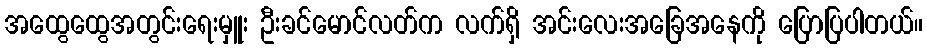
အထွေထွေအတွင်းရေးမှူး ဦးခင်မောင်လတ်က လက်ရှိ အင်းလေးအခြေအနေကို ပြောပြပါတယ်။